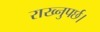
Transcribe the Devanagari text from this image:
राख्नुपर्छ।